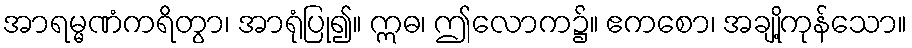
အာရမ္မဏံကရိတွာ၊ အာရုံပြု၍။ ဣဓ၊ ဤလောက၌။ ဧကစော၊ အချို့ကုန်သော။